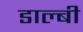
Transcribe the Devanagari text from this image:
डाल्बी